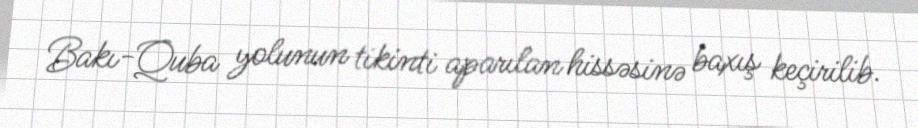
Bakı-Quba yolunun tikinti aparılan hissəsinə baxış keçirilib.